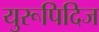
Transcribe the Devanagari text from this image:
युरूपिदिज